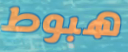
هبوط